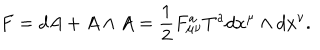
LaTeX: F = d A + A \wedge A = \frac { 1 } { 2 } F _ { \mu \nu } ^ { a } T ^ { a } d x ^ { \mu } \wedge d x ^ { \nu } .